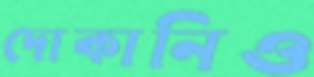
দোকানিও